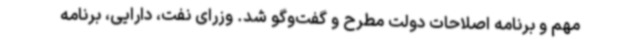
مهم و برنامه اصلاحات دولت مطرح و گفت‌وگو شد. وزرای نفت، دارایی، برنامه